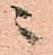
ニ